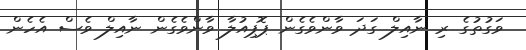
ވަގުތުގެ ރި ނާއިލް ގަދަ ވާންވެގެން ޕޮޕިއުލާ ވާންވެގެން ނާއިލް ވެސް އެހެން